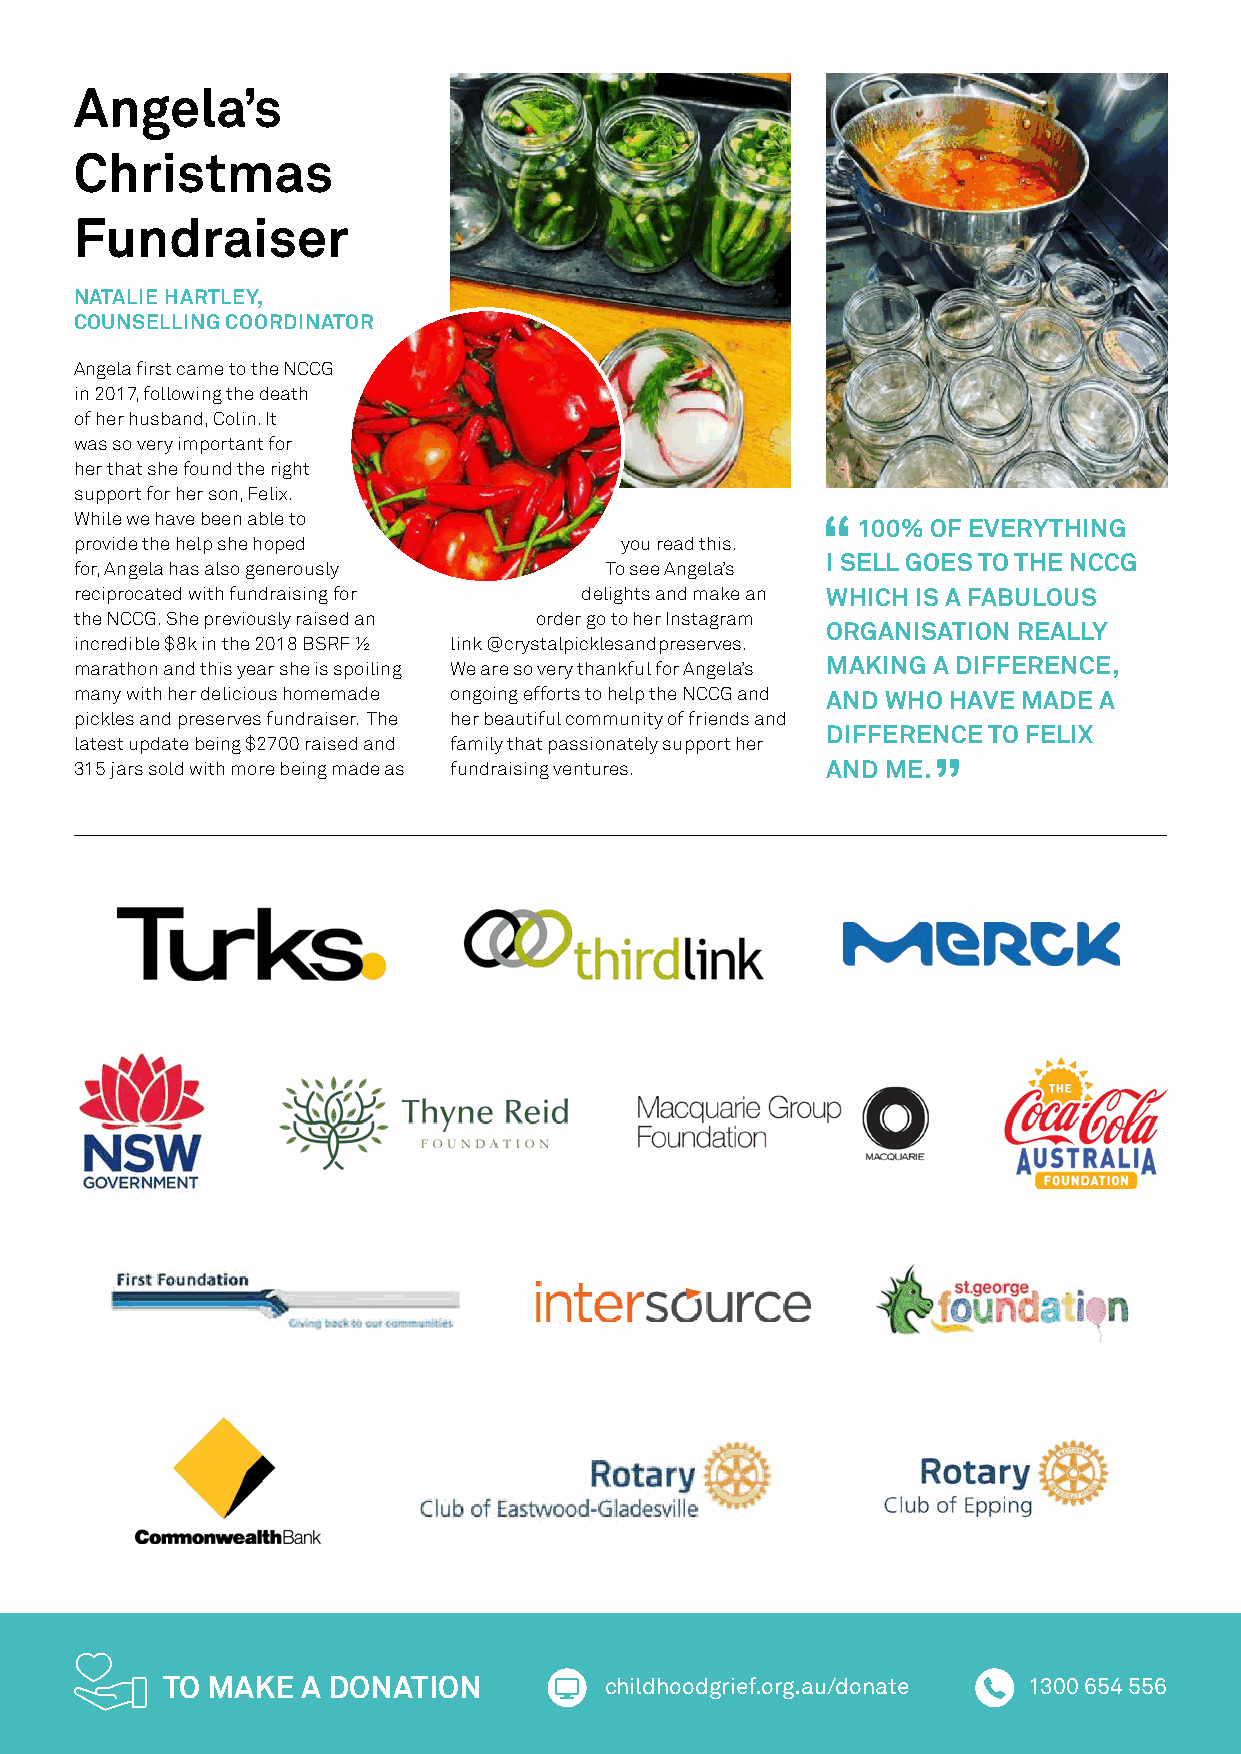
Angela’s
 Christmas
 Fundraiser
 NATALIE HARTLEY,
 COUNSELLING COORDINATOR
 Angela first came to the NCCG
 in 2017, following the death
 of her husband, Colin. It
 was so very important for
 her that she found the right
 support for her son, Felix.
 While we have been able to
 100% OF EVERYTHING
 provide the help she hoped          you read this.
 I SELL GOES TO THE NCCG
 for, Angela has also generously    To see Angela’s
 reciprocated with fundraising for delights and make an WHICH IS A FABULOUS
 the NCCG. She previously raised an order go to her Instagram
 ORGANISATION REALLY
 incredible $8k in the 2018 BSRF ½ link @crystalpicklesandpreserves.
 marathon and this year she is spoiling We are so very thankful for Angela’s MAKING A DIFFERENCE,
 many with her delicious homemade ongoing efforts to help the NCCG and AND WHO HAVE MADE A
 pickles and preserves fundraiser. The her beautiful community of friends and
 DIFFERENCE TO FELIX
 latest update being $2700 raised and family that passionately support her
 315 jars sold with more being made as fundraising ventures. AND ME.
 TO MAKE  A DONATION          childhoodgrief.org.au/donate 1300 654 556